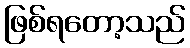
ဖြစ်ရတော့သည်